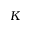
K